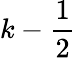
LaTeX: k-\frac 12